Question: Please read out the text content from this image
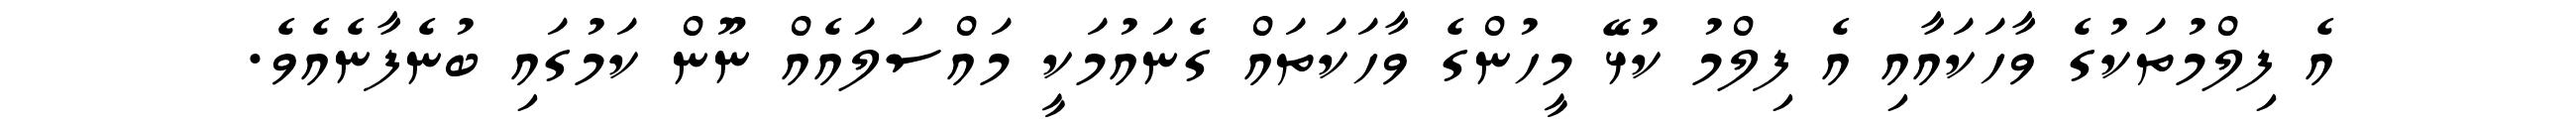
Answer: އެ ފިލްމުތަކުގެ ވާހަކައާއި އެ ފިލްމު ކުޅޭ މީހުންގެ ވާހަކަތައް ގެނައުމަކީ މައްސަލައެއް ނޫން ކަމުގައި ބުނެފާނެއެވެ.